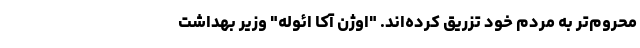
محروم‌تر به مردم خود تزریق کرده‌‌اند. "اوژن آکا ائوله" وزیر بهداشت